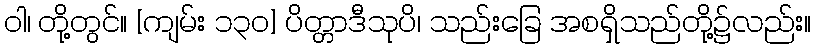
ဝါ၊ တို့တွင်။ [ကျမ်း ၁၃၀] ပိတ္တာဒီသုပိ၊ သည်းခြေ အစရှိသည်တို့၌လည်း။